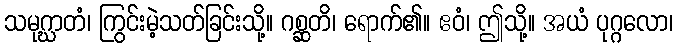
သမုဂ္ဃာတံ၊ ကြွင်းမဲ့သတ်ခြင်းသို့။ ဂစ္ဆတိ၊ ရောက်၏။ ဧဝံ၊ ဤသို့။ အယံ ပုဂ္ဂလော၊